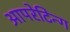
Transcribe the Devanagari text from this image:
आपरेटिन्ग